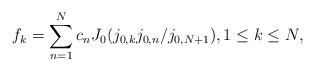
LaTeX: \begin{align*} f_k = \sum_{n=1}^N c_n J_0(j_{0,k}j_{0,n}/j_{0,N+1}), 1\leq k\leq N, \end{align*}